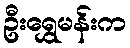
ဦးရွှေမန်းက